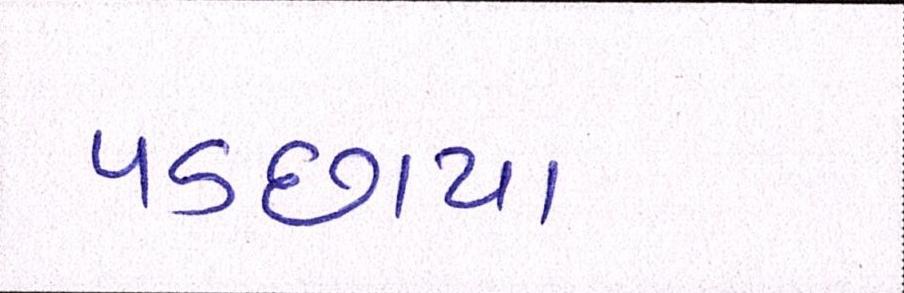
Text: પડછાયા